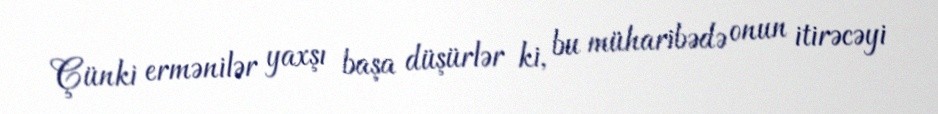
Çünki ermənilər yaxşı başa düşürlər ki, bu müharibədə onun itirəcəyi